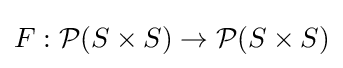
F:{\mathcal {P}}(S\times S)\to {\mathcal {P}}(S\times S)